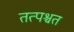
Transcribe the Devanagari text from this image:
तत्पश्चत